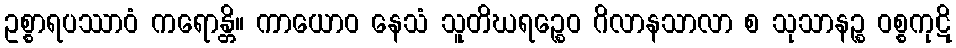
ဥစ္စာရပဿာဝံ ကရောန္တိ။ ကာယောဝ နေသံ သူတိဃရဉ္စေဝ ဂိလာနသာလာ စ သုသာနဉ္စ ဝစ္စကုဋိ